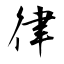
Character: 律